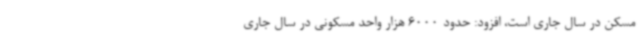
مسکن در سال جاری است، افزود: حدود 6000 هزار واحد مسکونی در سال جاری